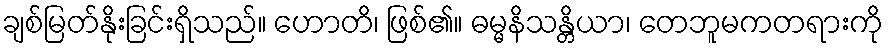
ချစ်မြတ်နိုးခြင်းရှိသည်။ ဟောတိ၊ ဖြစ်၏။ ဓမ္မနိသန္တိယာ၊ တေဘူမကတရားကို